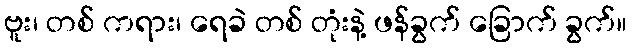
ဗူး၊ တစ် ကရား၊ ရေခဲ တစ် တုံးနဲ့ ဖန်ခွက် ခြောက် ခွက်။